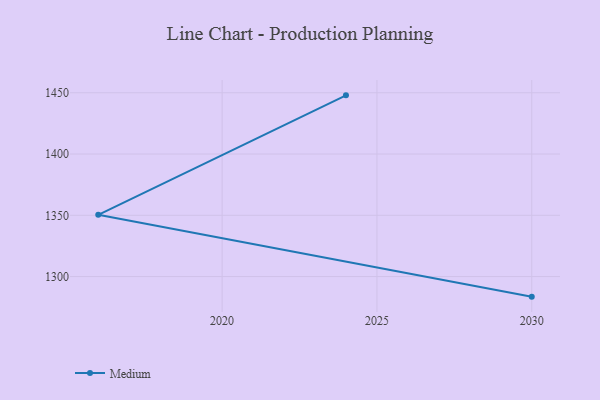
{"axis": {"x": "Year", "y": "Inventory Turnover"}, "legend": ["Medium"], "data": [{"x": "2024", "y": 1447.9, "type": "Medium"}, {"x": "2016", "y": 1350.4, "type": "Medium"}, {"x": "2030", "y": 1283.6, "type": "Medium"}]}